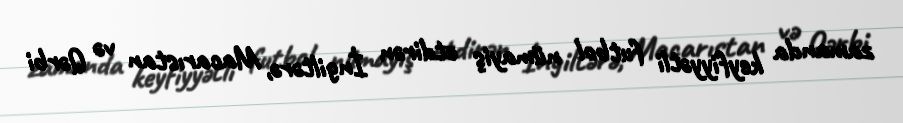
zamanda keyfiyyətli futbol nümayiş etdirən İngiltərə, Macarıstan və Qərbi